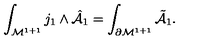
\int _ { { \cal M } ^ { 1 + 1 } } j _ { 1 } \wedge { \hat { \cal A } } _ { 1 } = \int _ { \partial { \cal M } ^ { 1 + 1 } } { \tilde { \cal A } } _ { 1 } .